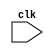
// DESCRIPTION: Verilator: Test of selection with unsized Z.
//
// Test selecting Z when size is not explicit. Issue 510.
//
// This file ONLY is placed into the Public Domain, for any use,
// without warranty, 2012 by Jeremy Bennett.

module t (/*AUTOARG*/
   // Inputs
   clk
   );
   input clk;

   wire [1:0]  b;
   wire [1:0]  c;
   wire [0:0]  d;		// Explicit width due to issue 508
   wire [0:0]  e;

   // This works if we use 1'bz, or 1'bx, but not with just 'bz or 'bx. It
   // does require the tri-state Z. Since we get the same effect if b is
   // dimensioned [0:0], this may be connected to issue 508.
   assign b[1:0] = clk ? 2'bx : 'bz;
   assign c[1:0] = clk ? 2'bz : 'bx;
   assign d      = clk ? 1'bx : 'bz;
   assign e      = clk ? 1'bz : 'bx;

endmodule // t